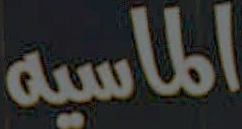
الماسيه